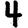
Digit: 4